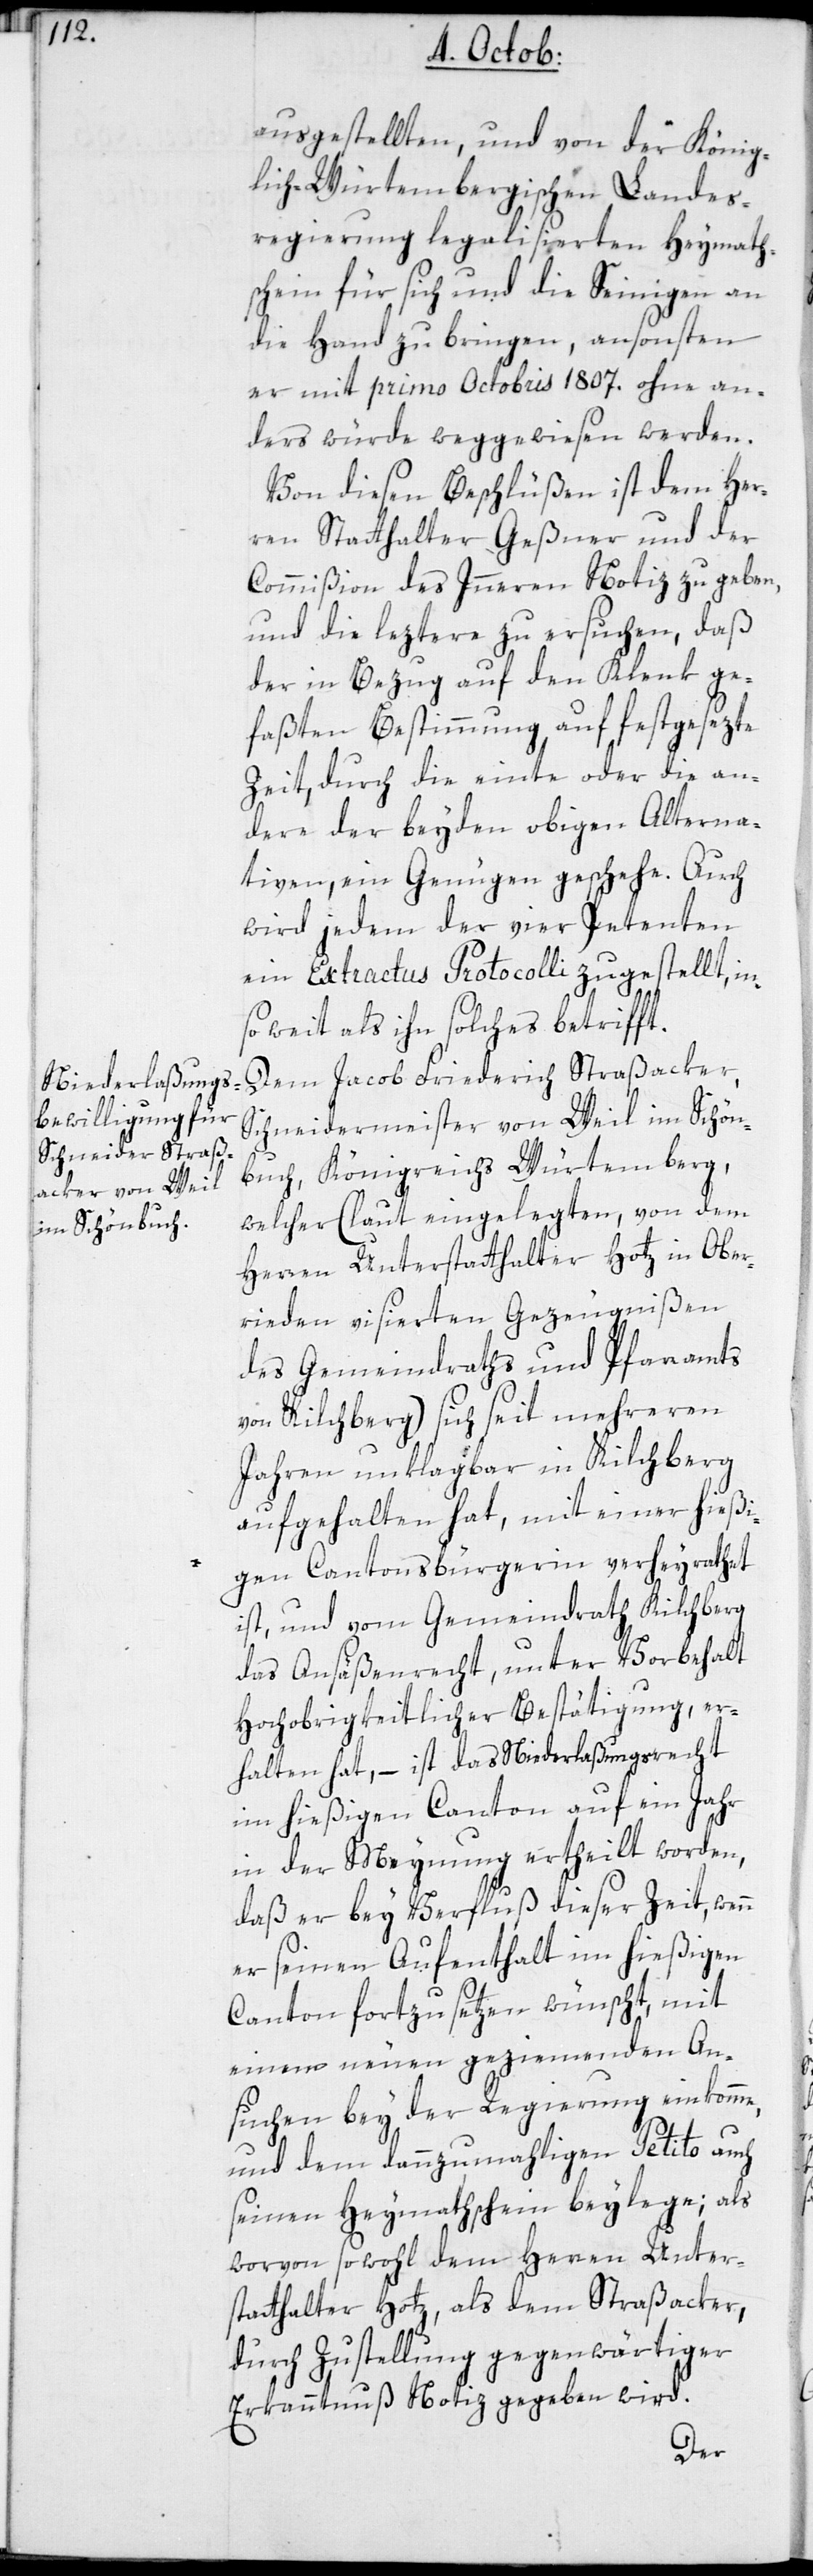
ausgestellten, und von der König¬
lich-Würtembergischen Landes¬
regierung legalisierten Heymath¬
schein für sich und die Seinigen an
die Hand zu bringen, ansonsten
er mit primo Octobris 1807. ohne an¬
ders würde weggewiesen werden.
Von diesen Beschlüßen ist dem Her¬
ren Statthalter Geßner und der
Commißion des Innern Notiz zu geben,
und die leztere zu ersuchen, daß
der in Bezug auf den Klenk ge¬
faßten Bestimmung auf festgesezte
Zeit, durch die einte oder die an¬
dere der beyden obigen Alterna¬
tiven, ein Genügen geschehe. Auch
wird jedem der vier Petenten
ein Extractus Protocolli zugestellt, in¬
soweit als ihn solches betrifft.
Dem Jacob Friedrich Straßacker,
Schneidermeister von Weil im Schön¬
buch, Königreichs Würtemberg,
welcher (laut eingelegten, von dem
Herren Unterstatthalter Hotz in Ober¬
rieden visierten Gezeugnißen
des Gemeindraths und Pfarramts
von Kilchberg) sich seit mehreren
Jahren unklagbar in Kilchberg
aufgehalten hat, mit einer hießi¬
gen Cantonsbürgerin verheyrathet
ist, und vom Gemeindrath Kilchberg
das Ansäßenrecht, unter Vorbehalt
Hochobrigkeitlicher Bestätigung, er¬
halten hat, – ist das Niederlaßungsrecht
im hießigen Canton auf ein Jahr
in der Meynung ertheilt worden,
daß er bey Verfluß dieser Zeit, wenn
er seinen Aufenthalt im hießigen
Canton fortzusetzen wünscht, mit
einem neuen geziemenden An¬
suchen bey der Regierung einkomme,
und dem dannzumahligen Petito auch
seinen Heymathschein beilege; als
worvon sowohl dem Herren Unter¬
statthalter Hotz als dem Straßaker,
durch Zustellung gegenwärtiger
Erkanntnuß Notiz gegeben wird.